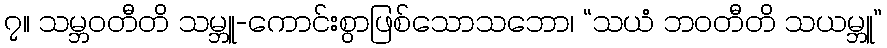
၇။ သမ္ဘဝတီတိ သမ္ဘူ-ကောင်းစွာဖြစ်သောသဘော၊ “သယံ ဘဝတီတိ သယမ္ဘူ”